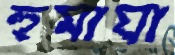
হুমাযা